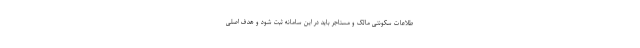
طلاعات سکونتی مالک و مستاجر باید در این سامانه ثبت شود و هدف اصلی